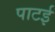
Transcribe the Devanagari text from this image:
पाटई